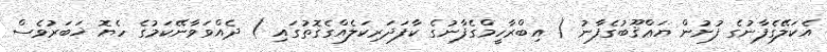
އެކަލޭގެފާނުގެ ފުށުން ޔަޢްޤޫބުގެފާނު ( އިބްރާހީމްގެފާނުގެ ކާފަދަރިކަލެއްގެގޮތުގައި ) ދެއްވަވާނޭކަމުގެ ހެޔޮ ޚަބަރުވެސް